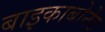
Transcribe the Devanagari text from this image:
बाइकाबोनेट